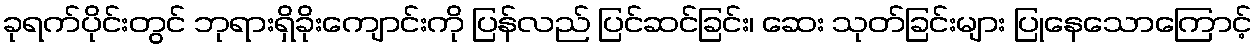
ခုရက်ပိုင်းတွင် ဘုရားရှိခိုးကျောင်းကို ပြန်လည် ပြင်ဆင်ခြင်း၊ ဆေး သုတ်ခြင်းများ ပြုနေသောကြောင့်